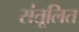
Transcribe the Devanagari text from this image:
संतूलित